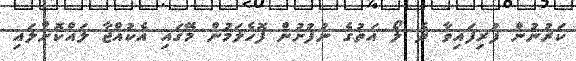
ކަރުނުން ފުރިފައިވާ ދެ ލޯ އަތުގެ ނުފުށުން ފޮހެލަމުން މޭގައި އެކުއްޖާ ލައްކޮށްލައި